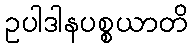
ဥပါဒါနပစ္စယာတိ